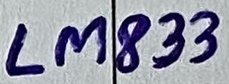
Text: LM833